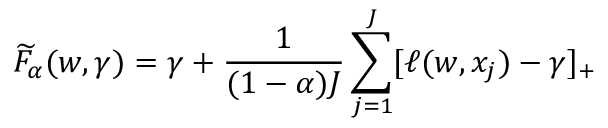
{ \widetilde { F } } _ { \alpha } ( w , \gamma ) = \gamma + { \frac { 1 } { ( 1 - \alpha ) J } } \sum _ { j = 1 } ^ { J } [ \ell ( w , x _ { j } ) - \gamma ] _ { + }